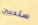
ستحبين